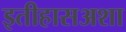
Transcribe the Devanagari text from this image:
इतीहासअशा